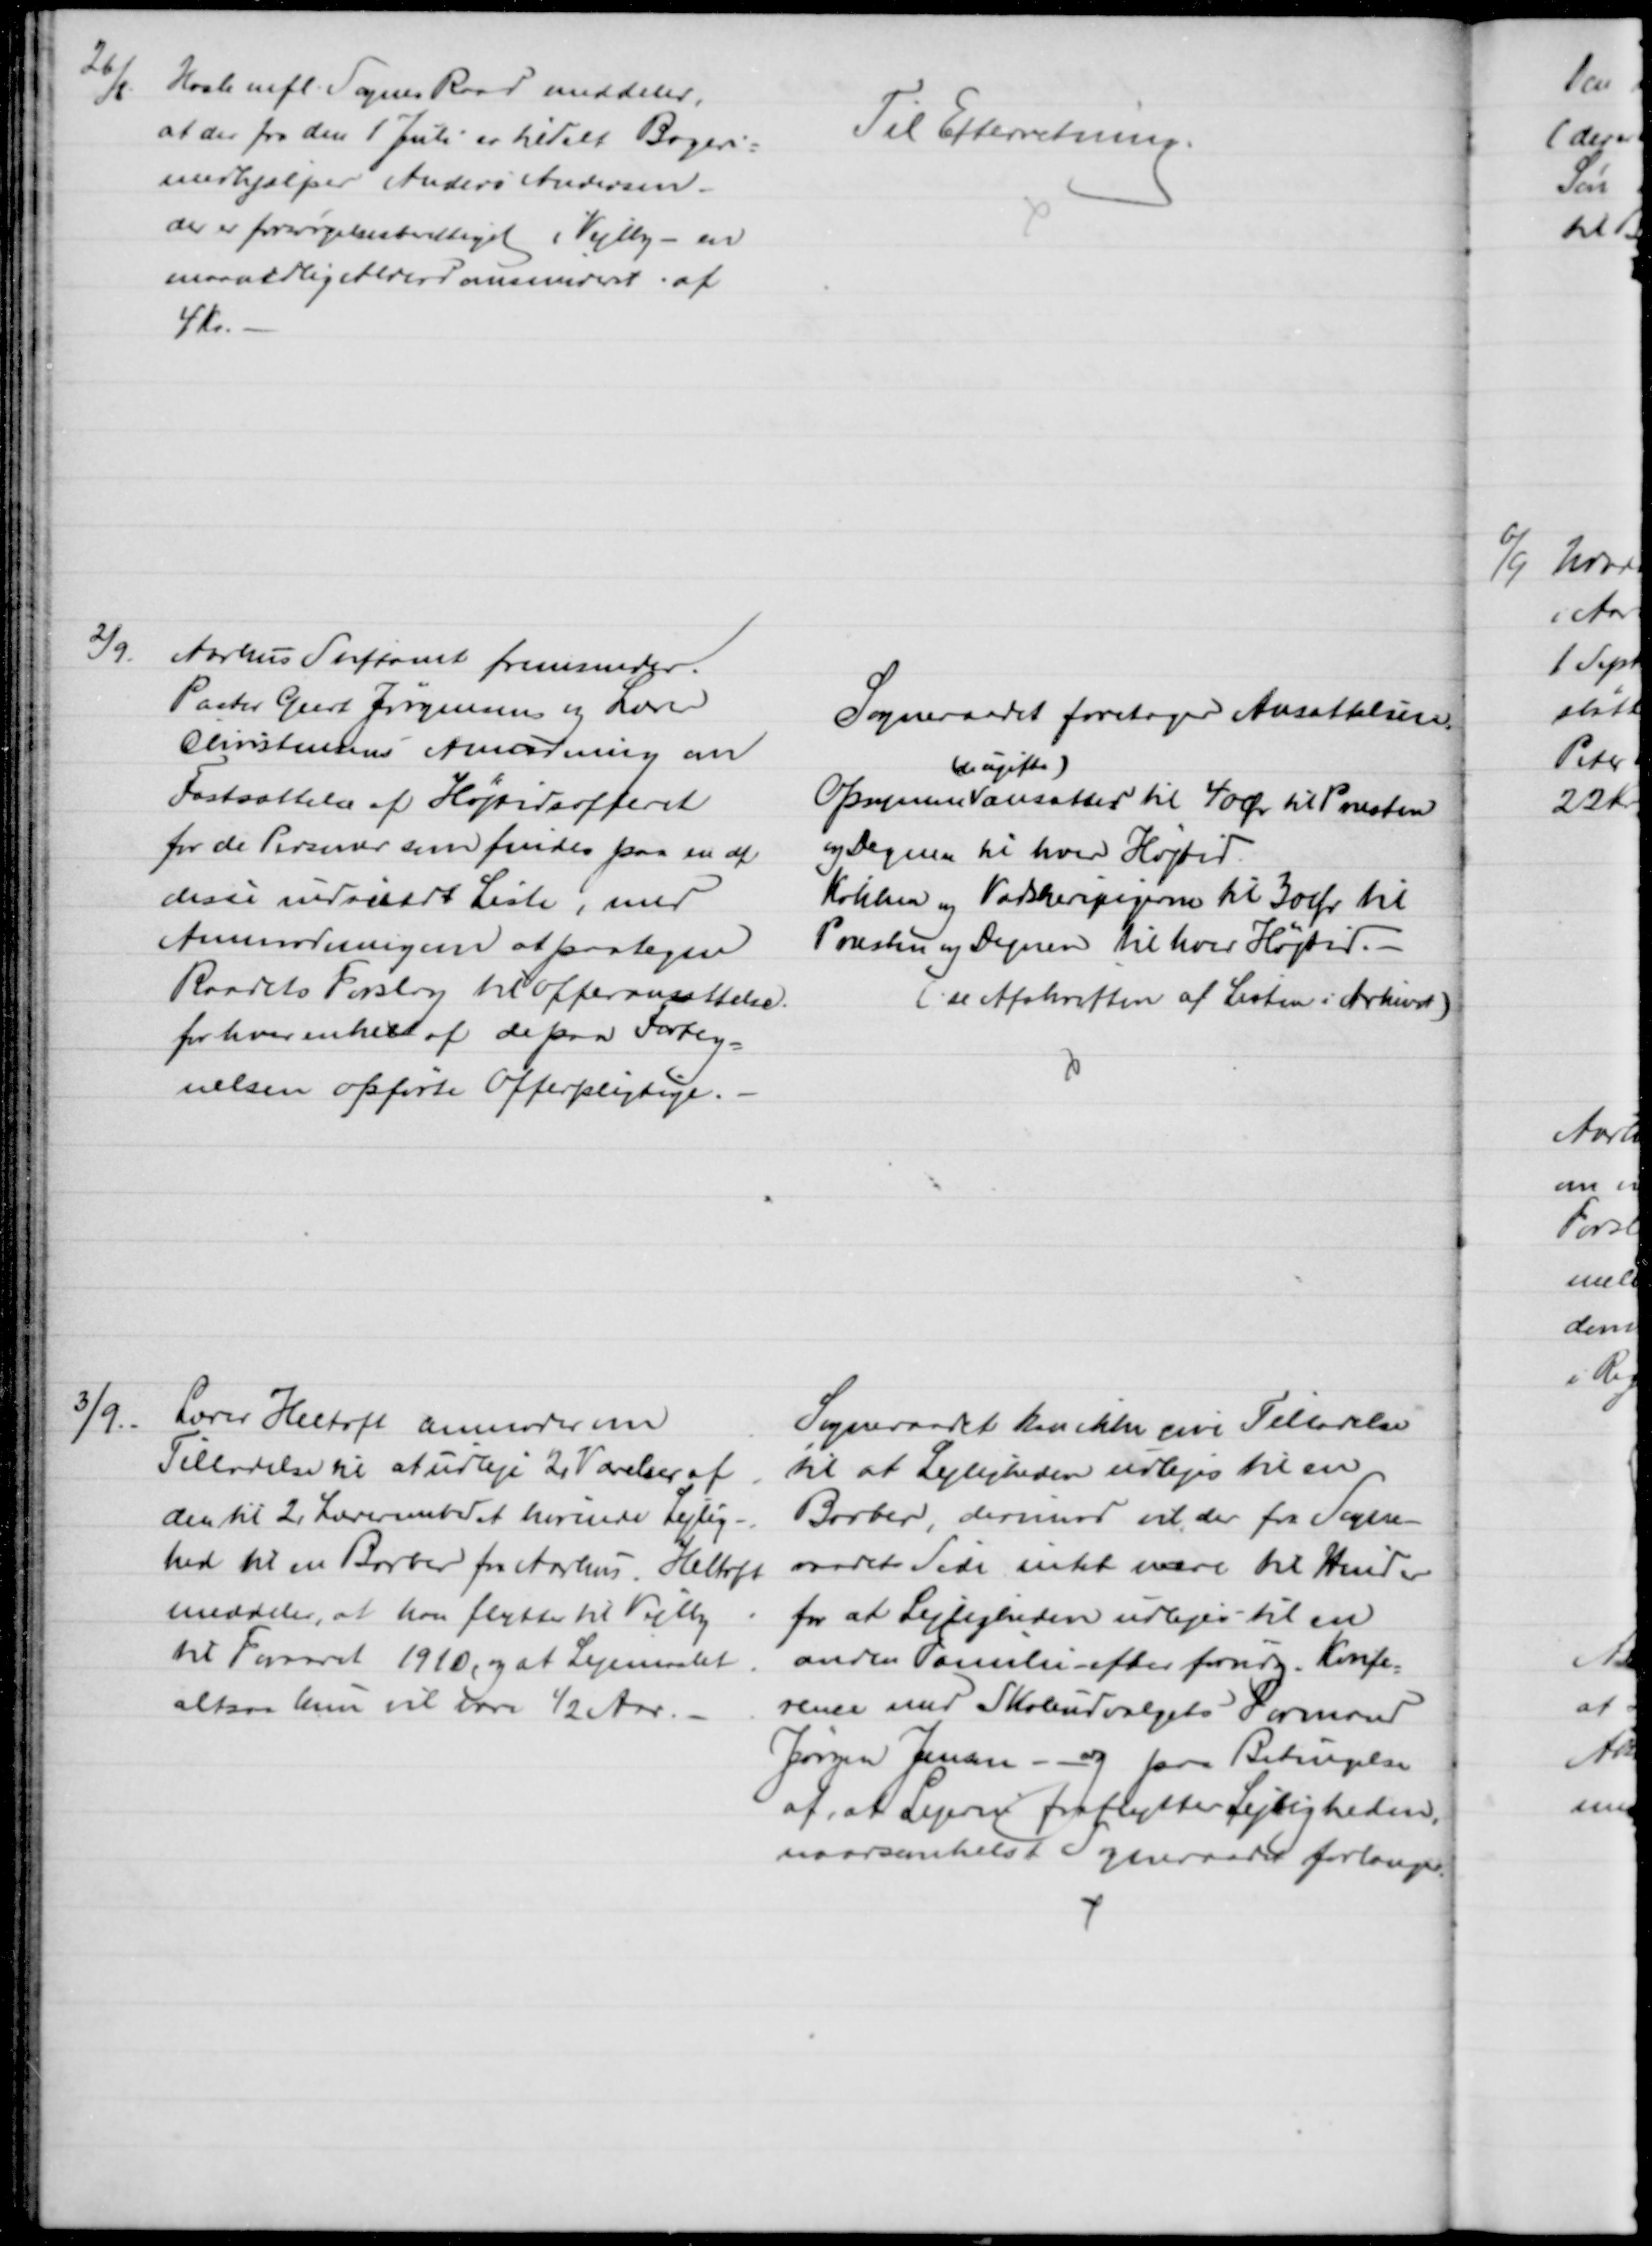
Transskription:
26/8.
Hasle mfl. Sognes Raad meddeler,
at der fra den 1 Juli er tilstaaet Bageri=
medhjælper Anders Andersen -
der er forsørgelsesberettiget i Vejlby - en
maanedlig Alderdomsunderst: af
4 Kr.
Til Efterretning.
2/9.
Aarhus Stiftamt fremsender
Pastor Geert Jørgensens og Lærer
Christenens Anmodning om
Fastsættelse af Højtidsofferet
for de Personer som findes paa en af
disse indsendt Liste, med
Anmodningen at paategne
Raadets Forslag til Offeransættelse.
for hver enkelt af de paa Forteg-
nelsen opførte Offerpligtige.
Sogneraadet foretager Ansættelsen.
Opsynene 
(de ugifte)
ansattes til 40 Øre til Præsten
og Degnen til hver Højtid.
Køkken og Vadskeripigerne til 30 Øre til
Præsten og Degnen vil hver Højtid.
(se Afskriften af Listen i Arkivet)
3/9.
Lærer Heltoft anmoder om
Tilladelse til at udleje 2 Værelser af
den til 2 Lærerembedet hørende Lejlig-
hed til en Barber fra Aarhus. Heltoft
meddeler, at han flytter til Vejlby
til Foraaret 1910, og at Lejemaalet
altsaa kun vil være ½ Aar.
Sogneraadet kan ikke give Tilladelse
til at Lejligheden udlejes til en
Barber, derimod vil der fra Sogne-
raadets Side intet være til Hinder
for at Lejligheden udlejes til en
anden Familie efter forudg. Konfe
=
rence med Skoleudvalgets Formand
Jørgen Jensen - og paa Betingelse
af, at Lejerne fraflytter Lejligheden,
naarsomhelst Sogneraadet forlanger.